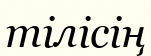
тілісің